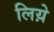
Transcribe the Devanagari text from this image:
लिय़े